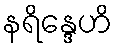
နရိန္ဒေဟိ